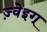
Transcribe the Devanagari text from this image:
ज़्वेइग्